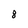
Character: 8